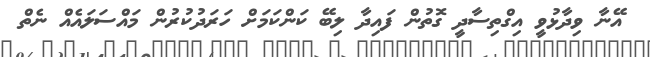
އޭނާ ވިދާޅުވީ އިގްތިސާދީ ގޮތުން ފައިދާ ލިބޭ ކަންކަމަށް ހަރަދުކުރުން މައްސަލައެއް ނެތް